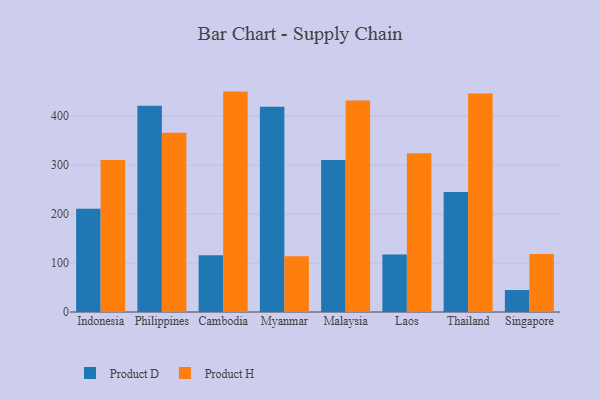
{"axis": {"x": "Country", "y": "Demand Index"}, "legend": ["Product D", "Product H"], "data": [{"x": "Indonesia", "y": 211.2, "type": "Product D"}, {"x": "Indonesia", "y": 310.5, "type": "Product H"}, {"x": "Philippines", "y": 421.6, "type": "Product D"}, {"x": "Philippines", "y": 366.3, "type": "Product H"}, {"x": "Cambodia", "y": 116.2, "type": "Product D"}, {"x": "Cambodia", "y": 450.4, "type": "Product H"}, {"x": "Myanmar", "y": 419.4, "type": "Product D"}, {"x": "Myanmar", "y": 113.7, "type": "Product H"}, {"x": "Malaysia", "y": 310.4, "type": "Product D"}, {"x": "Malaysia", "y": 432.2, "type": "Product H"}, {"x": "Laos", "y": 117.5, "type": "Product D"}, {"x": "Laos", "y": 324.4, "type": "Product H"}, {"x": "Thailand", "y": 245.0, "type": "Product D"}, {"x": "Thailand", "y": 446.7, "type": "Product H"}, {"x": "Singapore", "y": 44.9, "type": "Product D"}, {"x": "Singapore", "y": 118.5, "type": "Product H"}]}